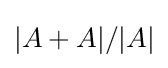
|A+A|/|A|